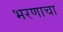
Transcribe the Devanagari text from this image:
भरणाचा